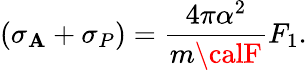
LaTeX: (\sigma_{\mathbf{A}}+\sigma_{P})={\frac{{4\pi\alpha^{2}}}{{m{\calF}}}}F_{1}.